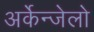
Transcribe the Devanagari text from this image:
अर्केन्जेलो